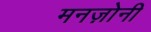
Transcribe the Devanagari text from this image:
मनज़ोनी